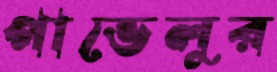
পাভেলুর